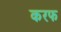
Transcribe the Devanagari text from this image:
करफ